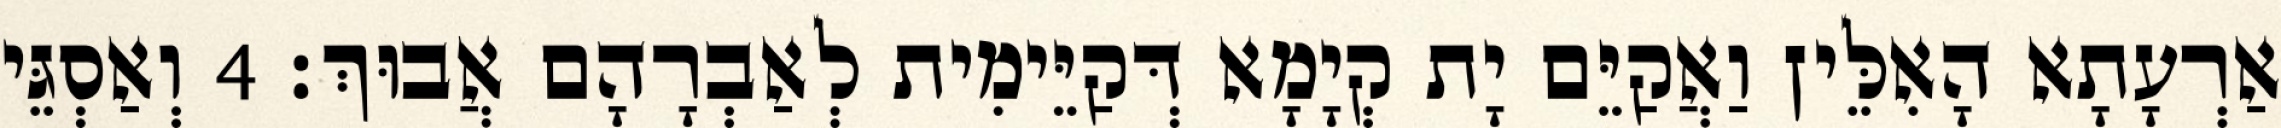
אַרְעָתָא הָאִלֵּין וַאֲקַיֵּם יָת קְיָמָא דְּקַיֵּימִית לְאַבְרָהָם אֲבוּךְ׃ 4 וְאַסְגֵּי